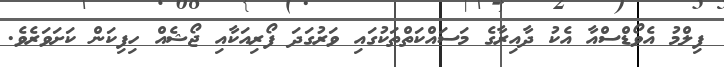
ފިލްމު އެވޯޑްސްއާ އެކު ދާއިރާގެ މަސައްކަތްތަކުގައި ވަރުގަދަ ފޯރިއަކާއި ޖޯޝެއް ހިފިކަން ކަށަވަރެވެ.